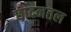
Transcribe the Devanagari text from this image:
छादनतल